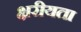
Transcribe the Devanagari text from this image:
क्षरीयता